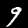
Digit: 9